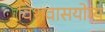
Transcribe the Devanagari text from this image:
विशवासयोग्य